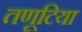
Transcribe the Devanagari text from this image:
तणूटिया